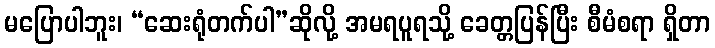
မပြောပါဘူး၊ “ဆေးရုံတက်ပါ”ဆိုလို့ အမရပူရသို့ ခေတ္တပြန်ပြီး စီမံစရာ ရှိတာ